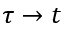
\tau \to t